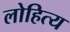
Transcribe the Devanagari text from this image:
लोहित्य